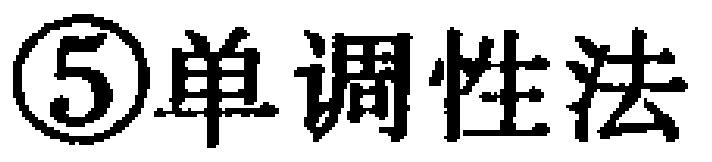
\textcircled{5}单调性法